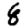
Digit: 8